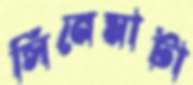
সিনেমাটা